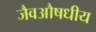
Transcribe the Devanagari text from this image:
जैवऔषधीय